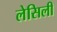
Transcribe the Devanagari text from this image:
लेसिली